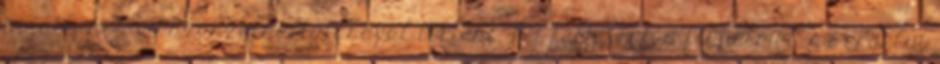
ingatlanok visszaszolgáltatásával történt. Mi felhívtuk a figyelmet, az erdélyi